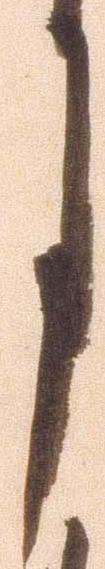
月